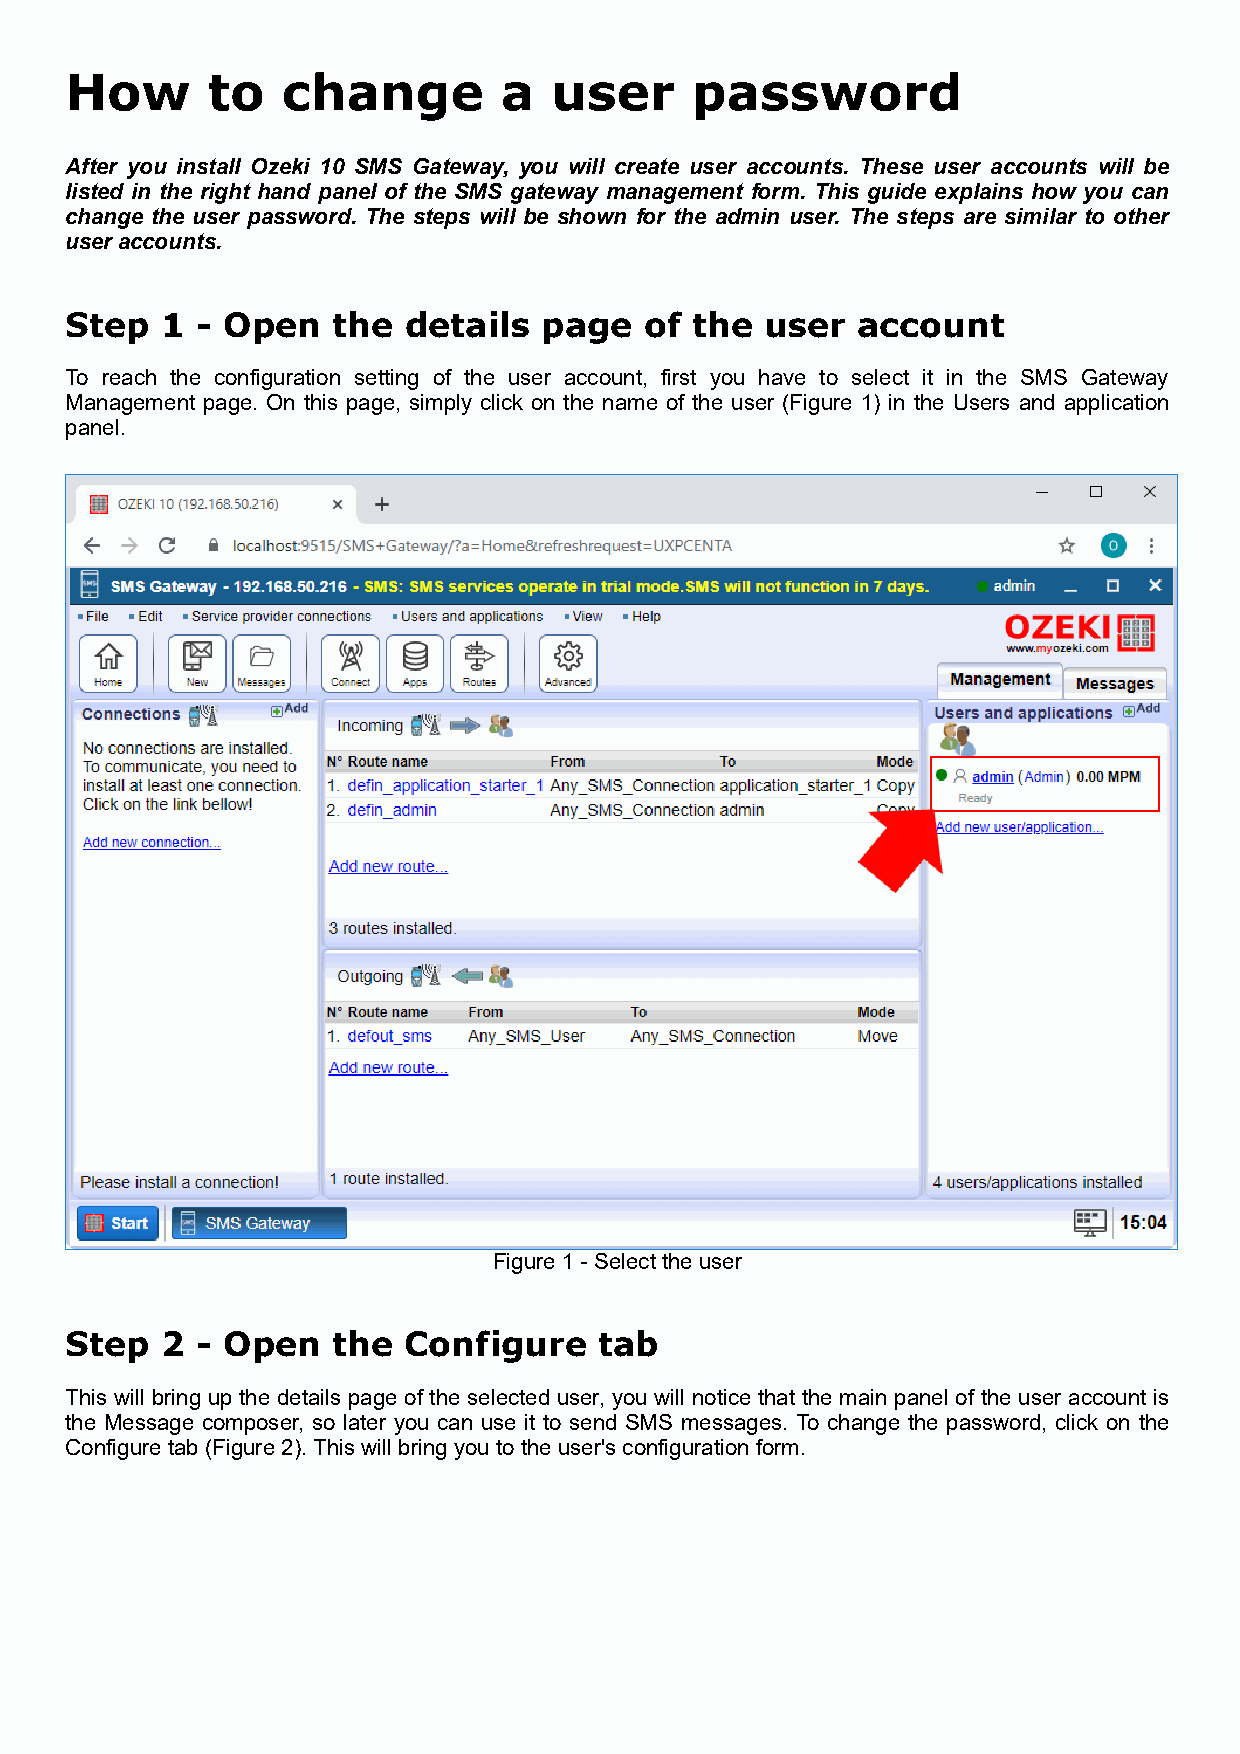
How       to   change        a   user     password
 After you install Ozeki 10 SMS Gateway, you will create user accounts. These user accounts will be
 listed in the right hand panel of the SMS gateway management form. This guide explains how you can
 change the user password. The steps will be shown for the admin user. The steps are similar to other
 user accounts.
 Step   1 - Open   the  details  page   of the  user  account
 To reach the configuration setting of the user account, first you have to select it in the SMS Gateway
 Management page. On this page, simply click on the name of the user (Figure 1) in the Users and application
 panel.
 Figure 1 - Select the user
 Step   2 - Open   the  Configure    tab
 This will bring up the details page of the selected user, you will notice that the main panel of the user account is
 the Message composer, so later you can use it to send SMS messages. To change the password, click on the
 Configure tab (Figure 2). This will bring you to the user's configuration form.